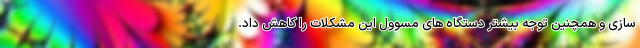
سازی و همچنین توجه بیشتر دستگاه های مسوول این مشکلات را کاهش داد.